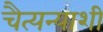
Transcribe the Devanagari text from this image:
चैत्यन्याशी